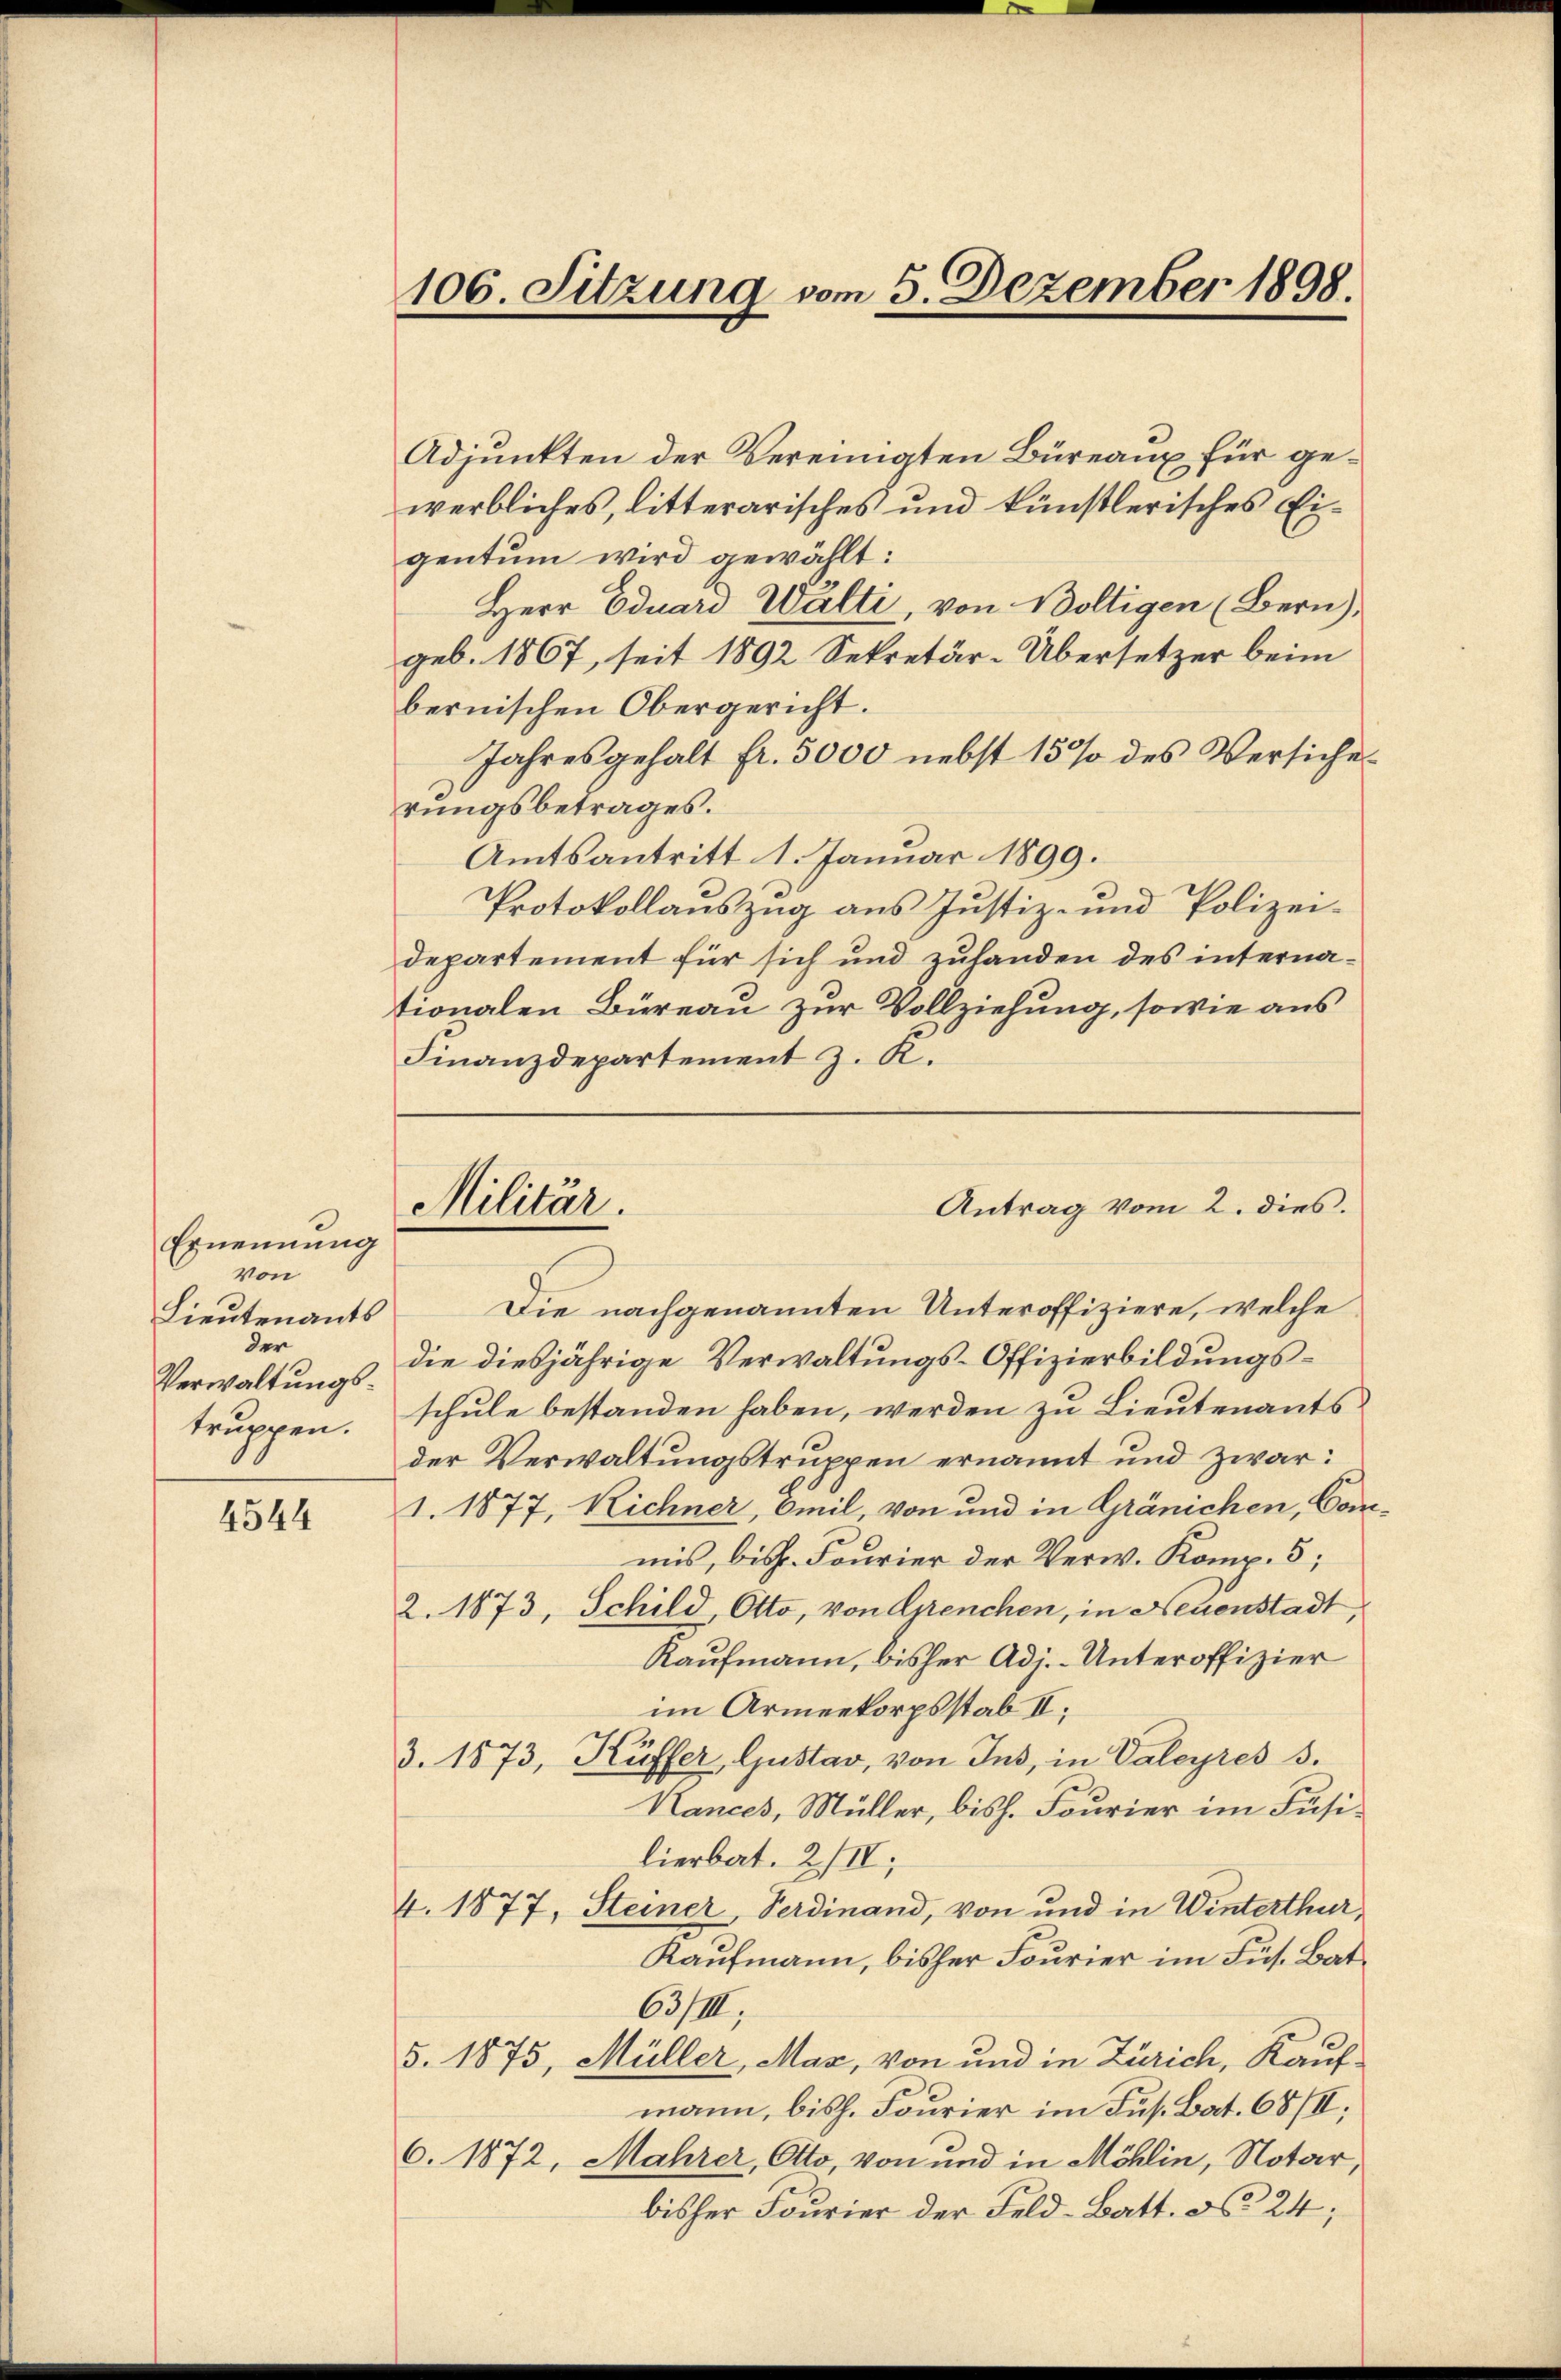
Ernennung
von
Lieutenants
der
truppen.

4544

106. Sitzung vom 5. Dezember 1898.

Militär.

Adjunkten der Vereinigten Büreaux für gewerbliches, litterarisches und künstlerisches Eigentum wird gewählt:
Herr Eduard Wälti, von Boltigen (Bern),
geb. 1867, seit 1892 Sekretär-Übersetzer beim
bernischen Obergericht.
Jahresgehalt fr. 5000 nebst 15% des Versiche
rungsbetrages.
Amtsantritt 1. Januar 1899.
Protokollauszug aus Justiz- und Polizei-
departement für sich und zuhanden des internationalen Büreau zur Vollziehung, sowie aus
Finanzdepartement z. K.
Die nachgenannten Unteroffiziere, welche
Verwaltungs die diesjährige Verwaltungs-Offizierbildungsschule bestanden haben, werden zu Lieutenants
der Verwaltungstruppen ernannt und zwar:
1. 1877, Richner, Omil, von und in Gränichen, Con
mis, bish. Fourier der Verw. Komp. 5;
2. 1873, Schild, Otto, von Grenchen, in Neuenstadt,
Kaufmann, bisher Adj. - Unteroffizier
im Armeekorpsstab II,
3. 1873, Küffer, Gustav, von Ins, in Valeyres 3.
Kances, Müller, bish. Fourier im Fusilierbat. 2. III,
4. 1877, Steiner, Ferdinand, von und in Winterthur,
Kaufmann, bisher Fourier im Fus. Bat
63/III.
5. 1875, Müller, Maz, von und in Zürich, Kauf-
mann, bish. Fourier im Jus. Bat. 68/II,
6. 1872, Mahrer, Otto, von und in Möhlin, Notar,
bisher Fourier der Feld-Batt. N. 24;

Antrag vom 2. dies.